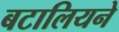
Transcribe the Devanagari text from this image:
बटालियने